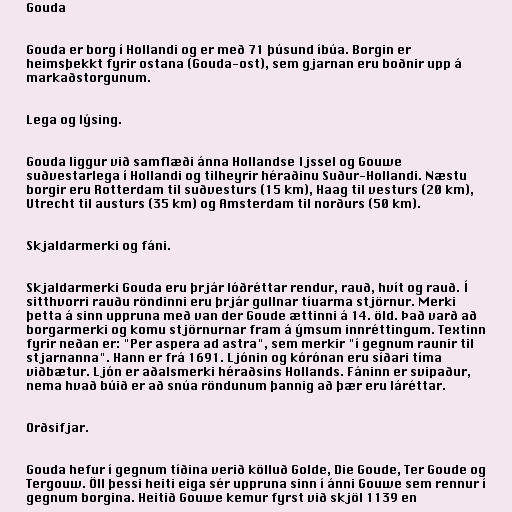
Gouda

Gouda er borg í Hollandi og er með 71 þúsund íbúa. Borgin er
heimsþekkt fyrir ostana (Gouda-ost), sem gjarnan eru boðnir upp á
markaðstorgunum.

Lega og lýsing.

Gouda liggur við samflæði ánna Hollandse Ijssel og Gouwe
suðvestarlega í Hollandi og tilheyrir héraðinu Suður-Hollandi. Næstu
borgir eru Rotterdam til suðvesturs (15 km), Haag til vesturs (20 km),
Utrecht til austurs (35 km) og Amsterdam til norðurs (50 km).

Skjaldarmerki og fáni.

Skjaldarmerki Gouda eru þrjár lóðréttar rendur, rauð, hvít og rauð. Í
sitthvorri rauðu röndinni eru þrjár gullnar tíuarma stjörnur. Merki
þetta á sinn uppruna með van der Goude ættinni á 14. öld. Það varð að
borgarmerki og komu stjörnurnar fram á ýmsum innréttingum. Textinn
fyrir neðan er: "Per aspera ad astra", sem merkir "í gegnum raunir til
stjarnanna". Hann er frá 1691. Ljónin og kórónan eru síðari tíma
viðbætur. Ljón er aðalsmerki héraðsins Hollands. Fáninn er svipaður,
nema hvað búið er að snúa röndunum þannig að þær eru láréttar.

Orðsifjar.

Gouda hefur í gegnum tíðina verið kölluð Golde, Die Goude, Ter Goude og
Tergouw. Öll þessi heiti eiga sér uppruna sinn í ánni Gouwe sem rennur í
gegnum borgina. Heitið Gouwe kemur fyrst við skjöl 1139 en